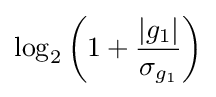
\log _{2}\left(1+{\frac {|g_{1}|}{\sigma _{g_{1}}}}\right)